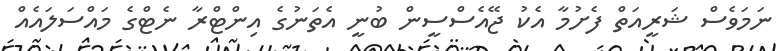
ނަމަވެސް ޝަރީއަތް ފެށުމާ އެކު ޖޭއެސްސީން ބުނީ އެތަނުގެ އިންޓްރާ ނެޓްގެ މައްސަލައެއް